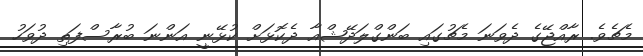
މެޗެވެ. ރާއްޖޭގެ ދެވަނަ މެޗުގައި ބަންގްލަދޭޝްއާ ދެކޮޅަށް ކުޅޭނީ އަންނަ ބުރާސްފަތި ދުވަހު